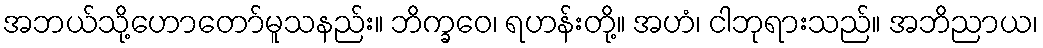
အဘယ်သို့ဟောတော်မူသနည်း။ ဘိက္ခဝေ၊ ရဟန်းတို့။ အဟံ၊ ငါဘုရားသည်။ အဘိညာယ၊